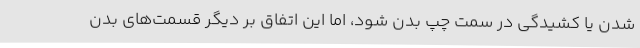
شدن یا کشیدگی در سمت چپ بدن شود، اما این اتفاق بر دیگر قسمت‌های بدن